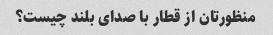
منظورتان از قطار با صدای بلند چیست؟